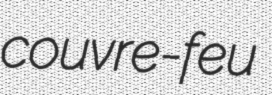
couvre-feu